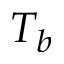
T _ { b }